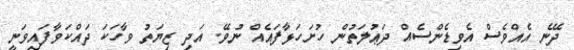
ދޭނެ އެއްވެސް އެވިޑެންސެއް ދަޢުލަތުން ހުށަހަޅާފައެއް ނުވޭ. އަދި ޒިޔަތު ވާހަކަ ދައްކަވާފައިވަނީ